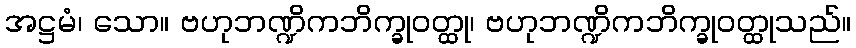
အဋ္ဌမံ၊ သော။ ဗဟုဘဏ္ဍိကဘိက္ခုဝတ္ထု၊ ဗဟုဘဏ္ဍိကဘိက္ခုဝတ္ထုသည်။